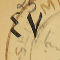
٤٧